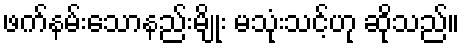
ဖက်နမ်းသောနည်းမျိုး မသုံးသင့်ဟု ဆိုသည်။